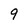
Character: 9